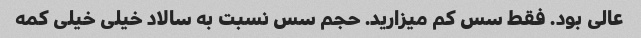
عالی بود. فقط سس کم میزارید. حجم سس نسبت به سالاد خیلی خیلی کمه